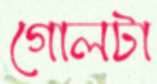
গোলটা